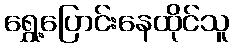
ရွှေ့ပြောင်းနေထိုင်သူ